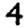
Digit: 4